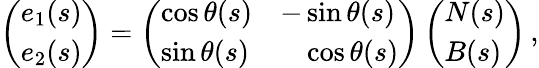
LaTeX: \begin{array}{r}{\left(\begin{array}{l}{e_{1}(s)}\\ {e_{2}(s)}\end{array}\right)=\left(\begin{array}{ll}{\cos\theta(s)}&{-\sin\theta(s)}\\ {\sin\theta(s)}&{\phantom{+}\cos\theta(s)}\end{array}\right)\left(\begin{array}{l}{N(s)}\\ {B(s)}\end{array}\right)\, ,}\end{array}